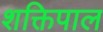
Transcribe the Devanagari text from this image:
शक्तिपाल